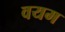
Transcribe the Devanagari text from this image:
वयम